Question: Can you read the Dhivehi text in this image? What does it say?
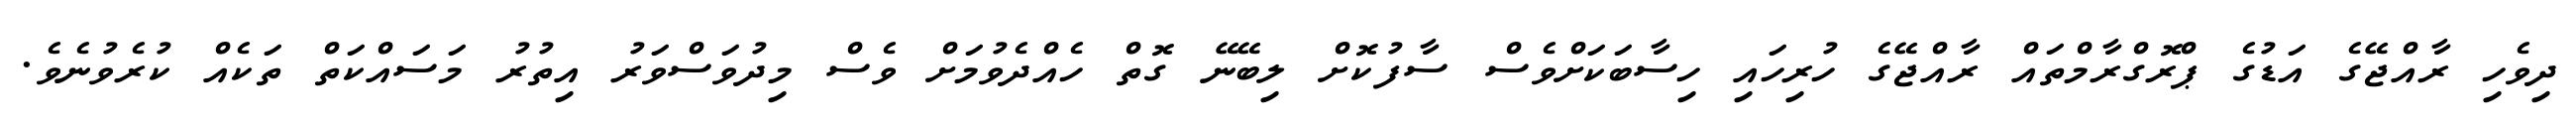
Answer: ދިވެހި ރާއްޖޭގެ އަޑުގެ ޕްރޮގްރާމްތައް ރާއްޖޭގެ ހުރިހައި ހިސާބަކަށްވެސް ސާފުކޮށް ލިބޭނޭ ގޮތް ހެއްދެވުމަށް ވެސް މިދުވަސްވަރު އިތުރު މަސައްކަތް ތަކެއް ކުރެވުނެވެ.